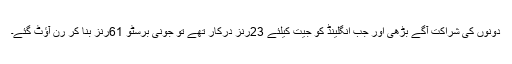
دونوں کی شراکت آگے بڑھی اور جب انگلینڈ کو جیت کیلئے 23رنز درکار تھے تو جونی برسٹو 61رنز بنا کر رَن آؤٹ گئے۔